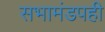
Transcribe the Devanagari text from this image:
सभामंडपही